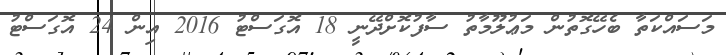
މަސައްކަތާ ބެހޭގޮތުން މަޢުލޫމާތު ސާފުކޮށްދޭނީ 18 އޮގަސްޓު 2016 އިން 24 އޮގަސްޓު